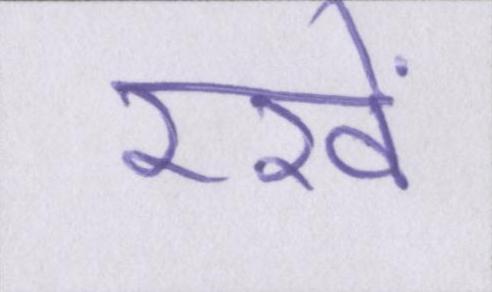
रखें